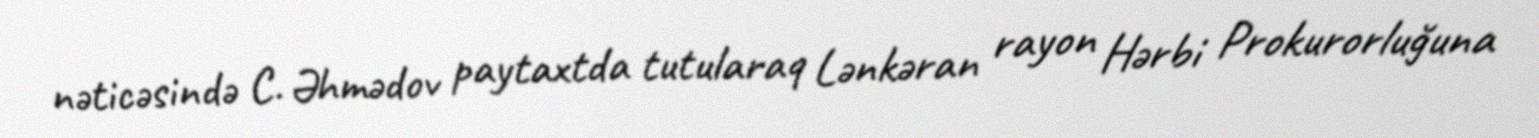
nəticəsində C. Əhmədov paytaxtda tutularaq Lənkəran rayon Hərbi Prokurorluğuna